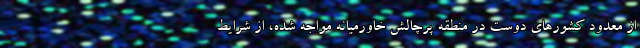
از معدود کشورهای دوست در منطقه پرچالش خاورمیانه مواجه شده، از شرایط